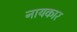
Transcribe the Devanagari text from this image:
नायकार